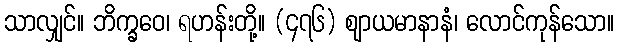
သာလျှင်။ ဘိက္ခဝေ၊ ရဟန်းတို့။ (၄၇၆) ဈာယမာနာနံ၊ လောင်ကုန်သော။